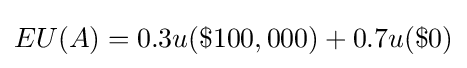
EU(A)=0.3u(\$100,000)+0.7u(\$0)